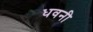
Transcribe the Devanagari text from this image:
धवनी